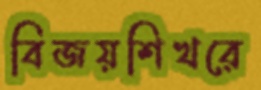
বিজয়শিখরে